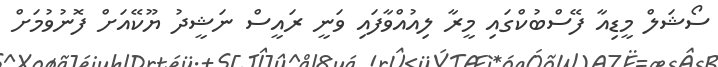
ސޯޝަލް މީޑިއާ ފޭސްބުކްގައި މީރާ ލިއުއްވާފައި ވަނީ ރައީސް ނަޝީދު ޔޫކޭއަށް ފޮނުވުމަށް